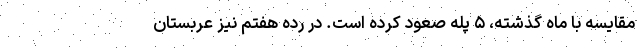
مقایسه با ماه گذشته، ۵ پله صعود کرده است. در رده هفتم نیز عربستان